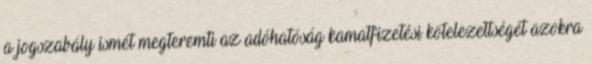
a jogszabály ismét megteremti az adóhatóság kamatfizetési kötelezettségét azokra